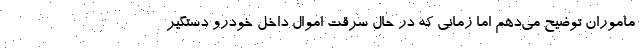
ماموران توضیح می‌دهم اما زمانی که در حال سرقت اموال داخل خودرو دستگیر